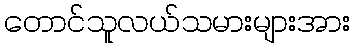
တောင်သူလယ်သမားများအား